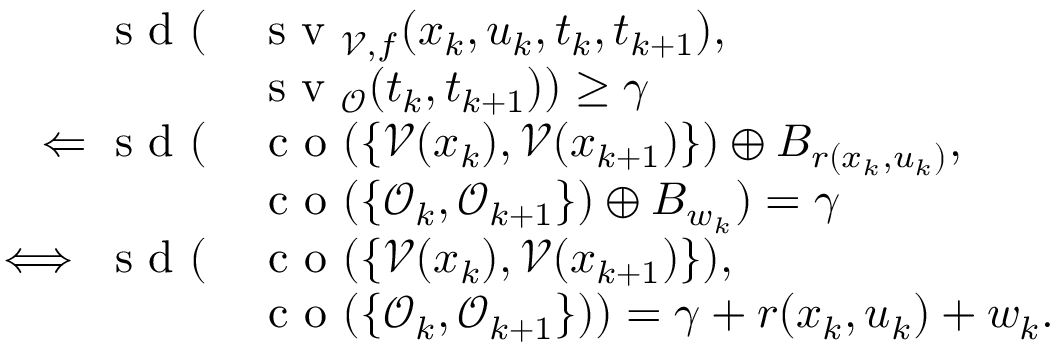
\begin{array} { r l } { \textup { s d } ( } & { \textup { s v } _ { \mathcal { V } , f } ( x _ { k } , u _ { k } , t _ { k } , t _ { k + 1 } ) , } \\ & { \textup { s v } _ { \mathcal { O } } ( t _ { k } , t _ { k + 1 } ) ) \geq \gamma } \\ { \Leftarrow \textup { s d } ( } & { \textup { c o } ( \{ \mathcal { V } ( x _ { k } ) , \mathcal { V } ( x _ { k + 1 } ) \} ) \oplus B _ { r ( x _ { k } , u _ { k } ) } , } \\ & { \textup { c o } ( \{ \mathcal { O } _ { k } , \mathcal { O } _ { k + 1 } \} ) \oplus B _ { w _ { k } } ) = \gamma } \\ { \iff \textup { s d } ( } & { \textup { c o } ( \{ \mathcal { V } ( x _ { k } ) , \mathcal { V } ( x _ { k + 1 } ) \} ) , } \\ & { \textup { c o } ( \{ \mathcal { O } _ { k } , \mathcal { O } _ { k + 1 } \} ) ) = \gamma + r ( x _ { k } , u _ { k } ) + w _ { k } . } \end{array}